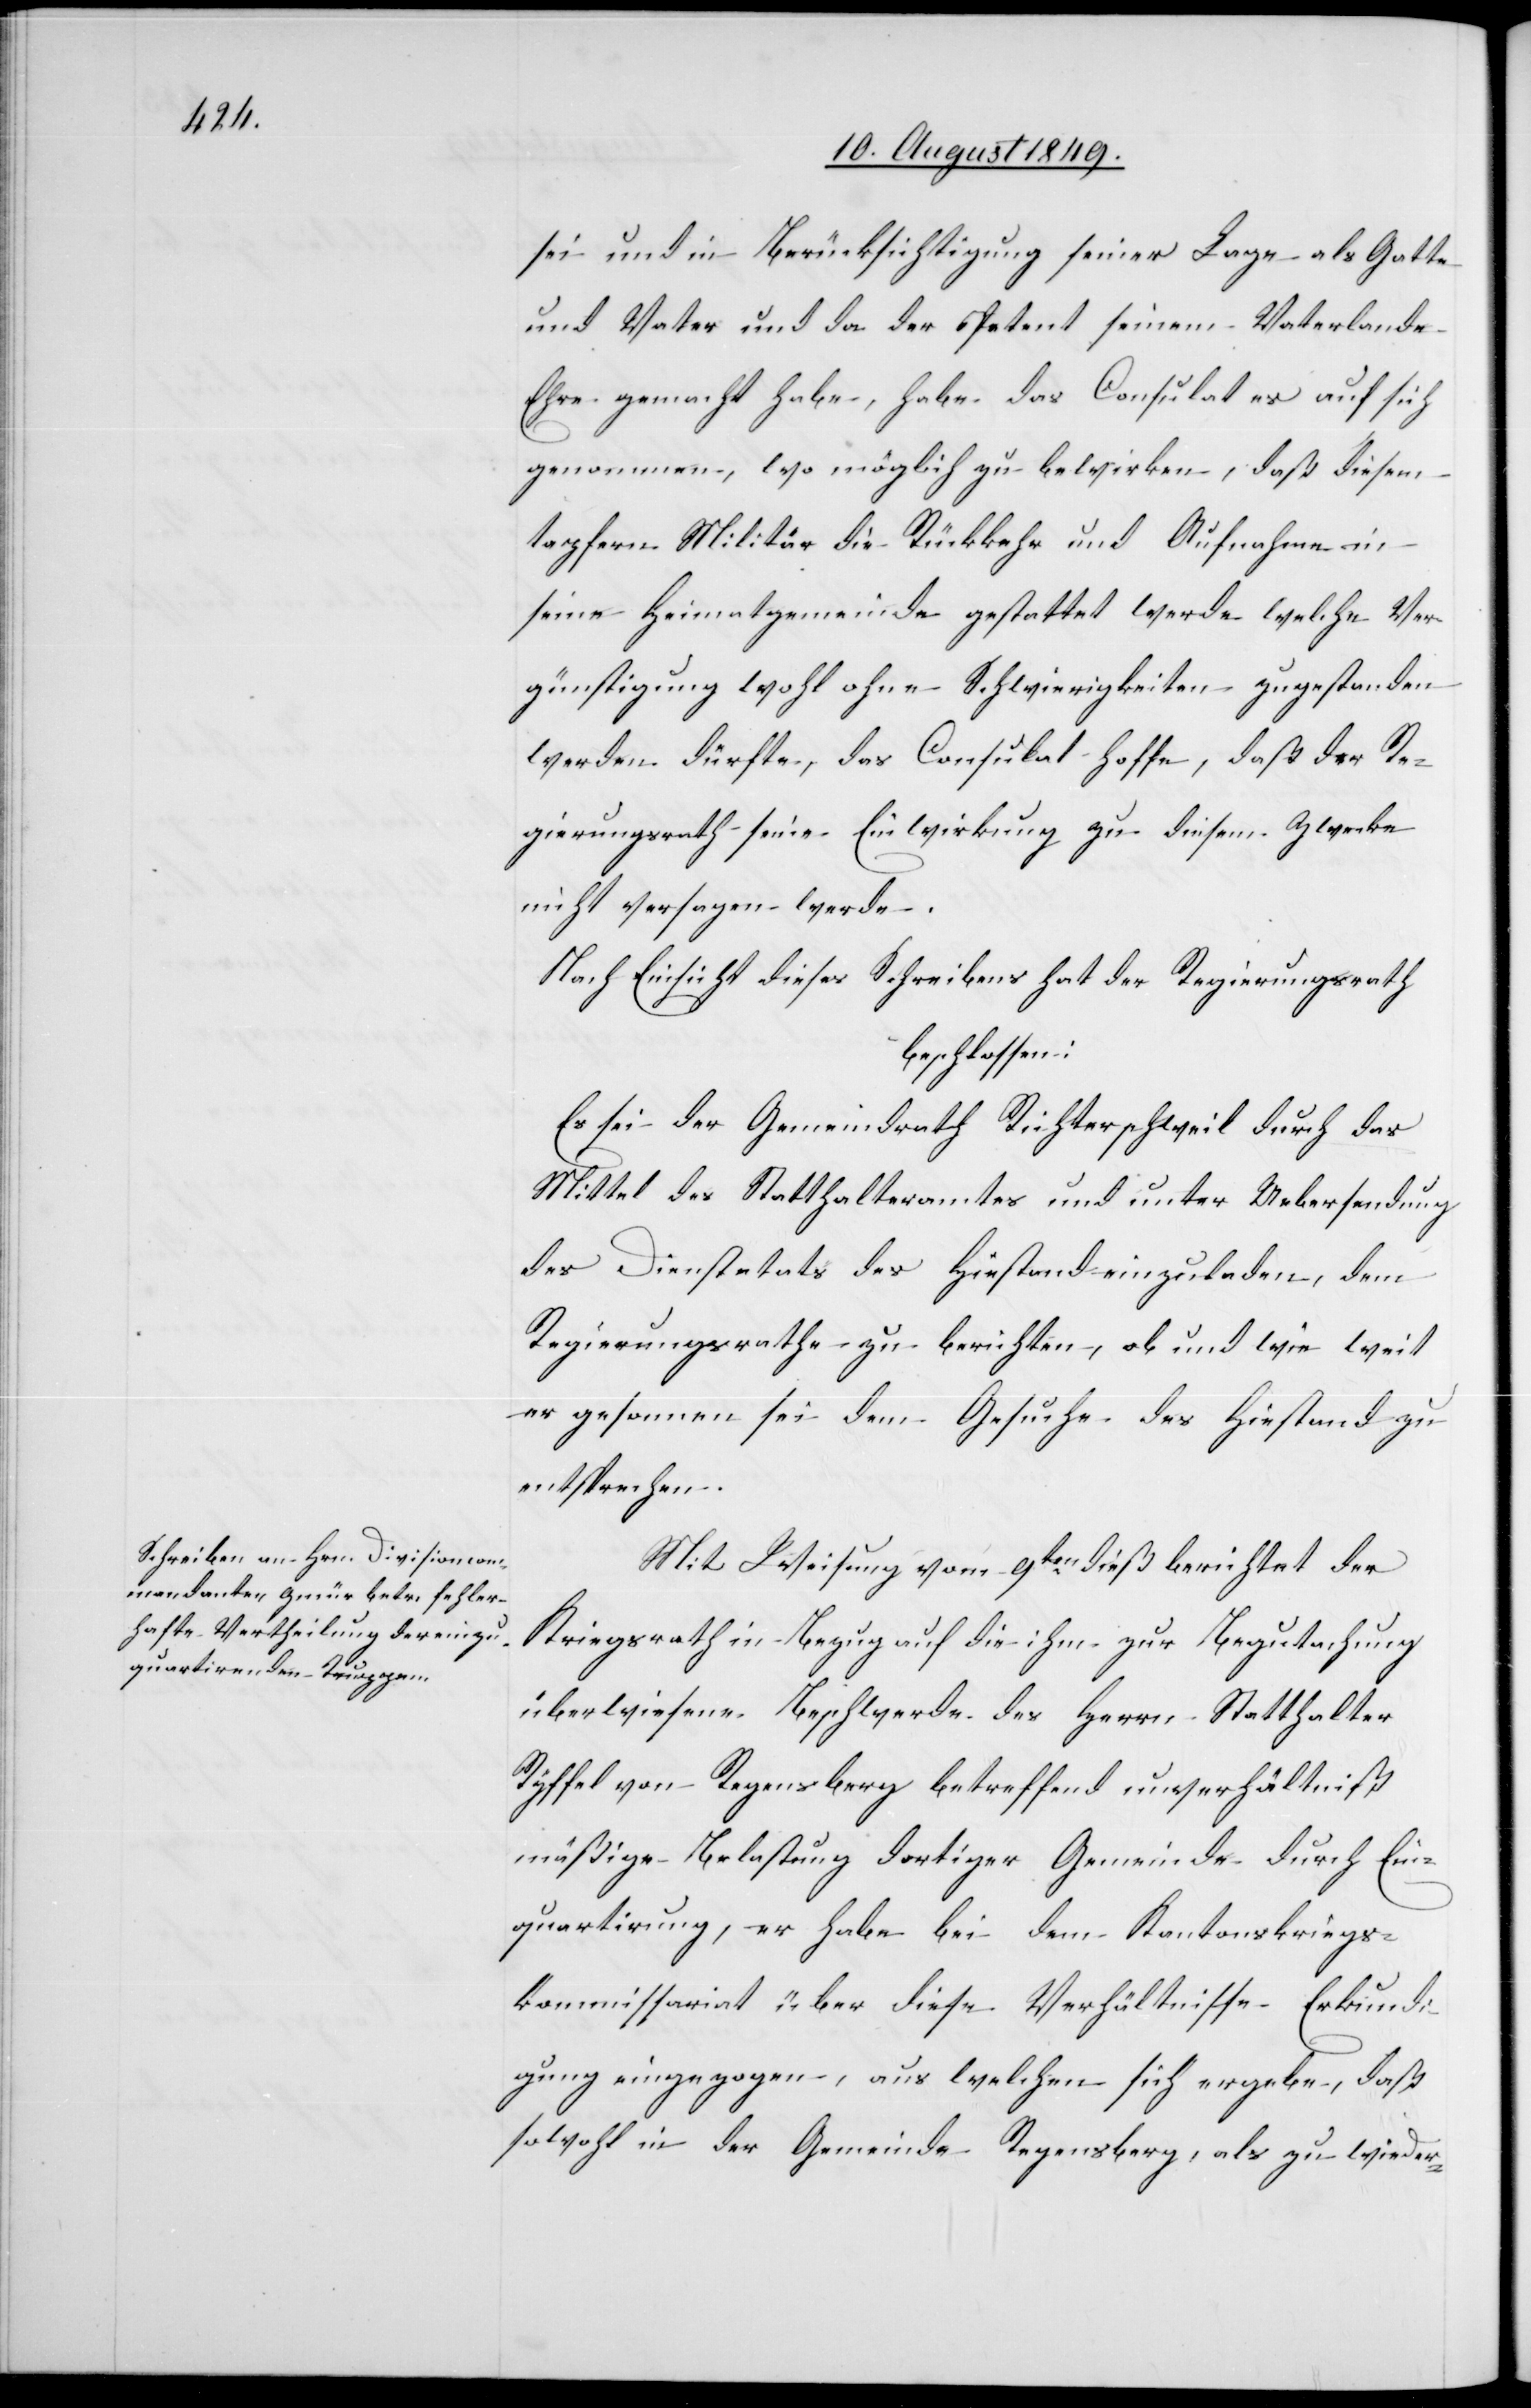
sei und in Berücksichtigung seiner Lage als Gatte
und Vater und da der Petent seinem Vaterlande
Ehre gemacht habe, habe das Consulat es auf sich
genommen, wo möglich zu bewirken, daß diesem
tapfern Militär die Rückkehr und Aufnahme in
seine Heimatgemeinde gestattet werde welche Ver¬
günstigung wohl ohne Schwierigkeiten zugestanden
werden dürfte, das Consulat hoffe, daß der Re¬
gierungsrath seine Einwirkung zu diesem Zwecke
nicht versagen werde.
Nach Einsicht dieses Schreibens hat der Regierungsrath
beschlossen:
Es sei der Gemeindrath Richterschweil durch das
Mittel des Statthalteramtes und unter Uebersendung
des Dienstetats des Hiestand einzuladen, dem
Regierungsrathe zu berichten, ob und wie weit
er gesonnen sei dem Gesuche des Hiestand zu
entsprechen.
Mit Weisung vom 9ten dieß der Kriegs¬
rath in Bezug auf die ihm zur Begutachtung
überwiesene Beschwerde des Herrn Statthalter
Ryffel von Regensberg betreffend unverhältniß¬
mäßige Belastung dortiger Gemeinde durch Ein¬
quartierung, er habe bei dem Kantonskriegs¬
kommissariat über diese Verhältnisse Erkundi¬
gung eingezogen, aus welchen sich ergebe, daß
sowohl in der Gemeinde Regensberg, als zu wieder-